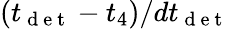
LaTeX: (t_{\mathrm{~d~e~t~}}-t_{4})/dt_{\mathrm{~d~e~t~}}